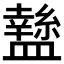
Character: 𥃁